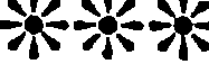
XXX